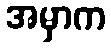
အမှာက